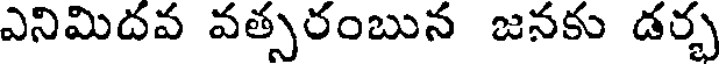
ఎనిమిదవ వత్సరంబున జనకు డర్భ